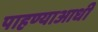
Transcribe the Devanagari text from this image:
पाहण्याआधी